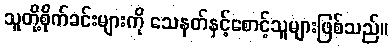
သူတို့စိုက်ခင်းများကို သေနတ်နှင့်စောင့်သူများဖြစ်သည်။